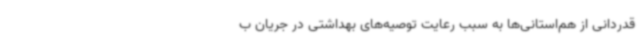
قدردانی از هم‌استانی‌ها به سبب رعایت توصیه‌های بهداشتی در جریان ب